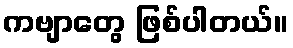
ကဗျာတွေ ဖြစ်ပါတယ်။